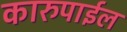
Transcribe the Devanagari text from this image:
कारुपाईल